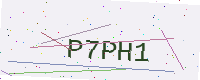
Text: P7PH1